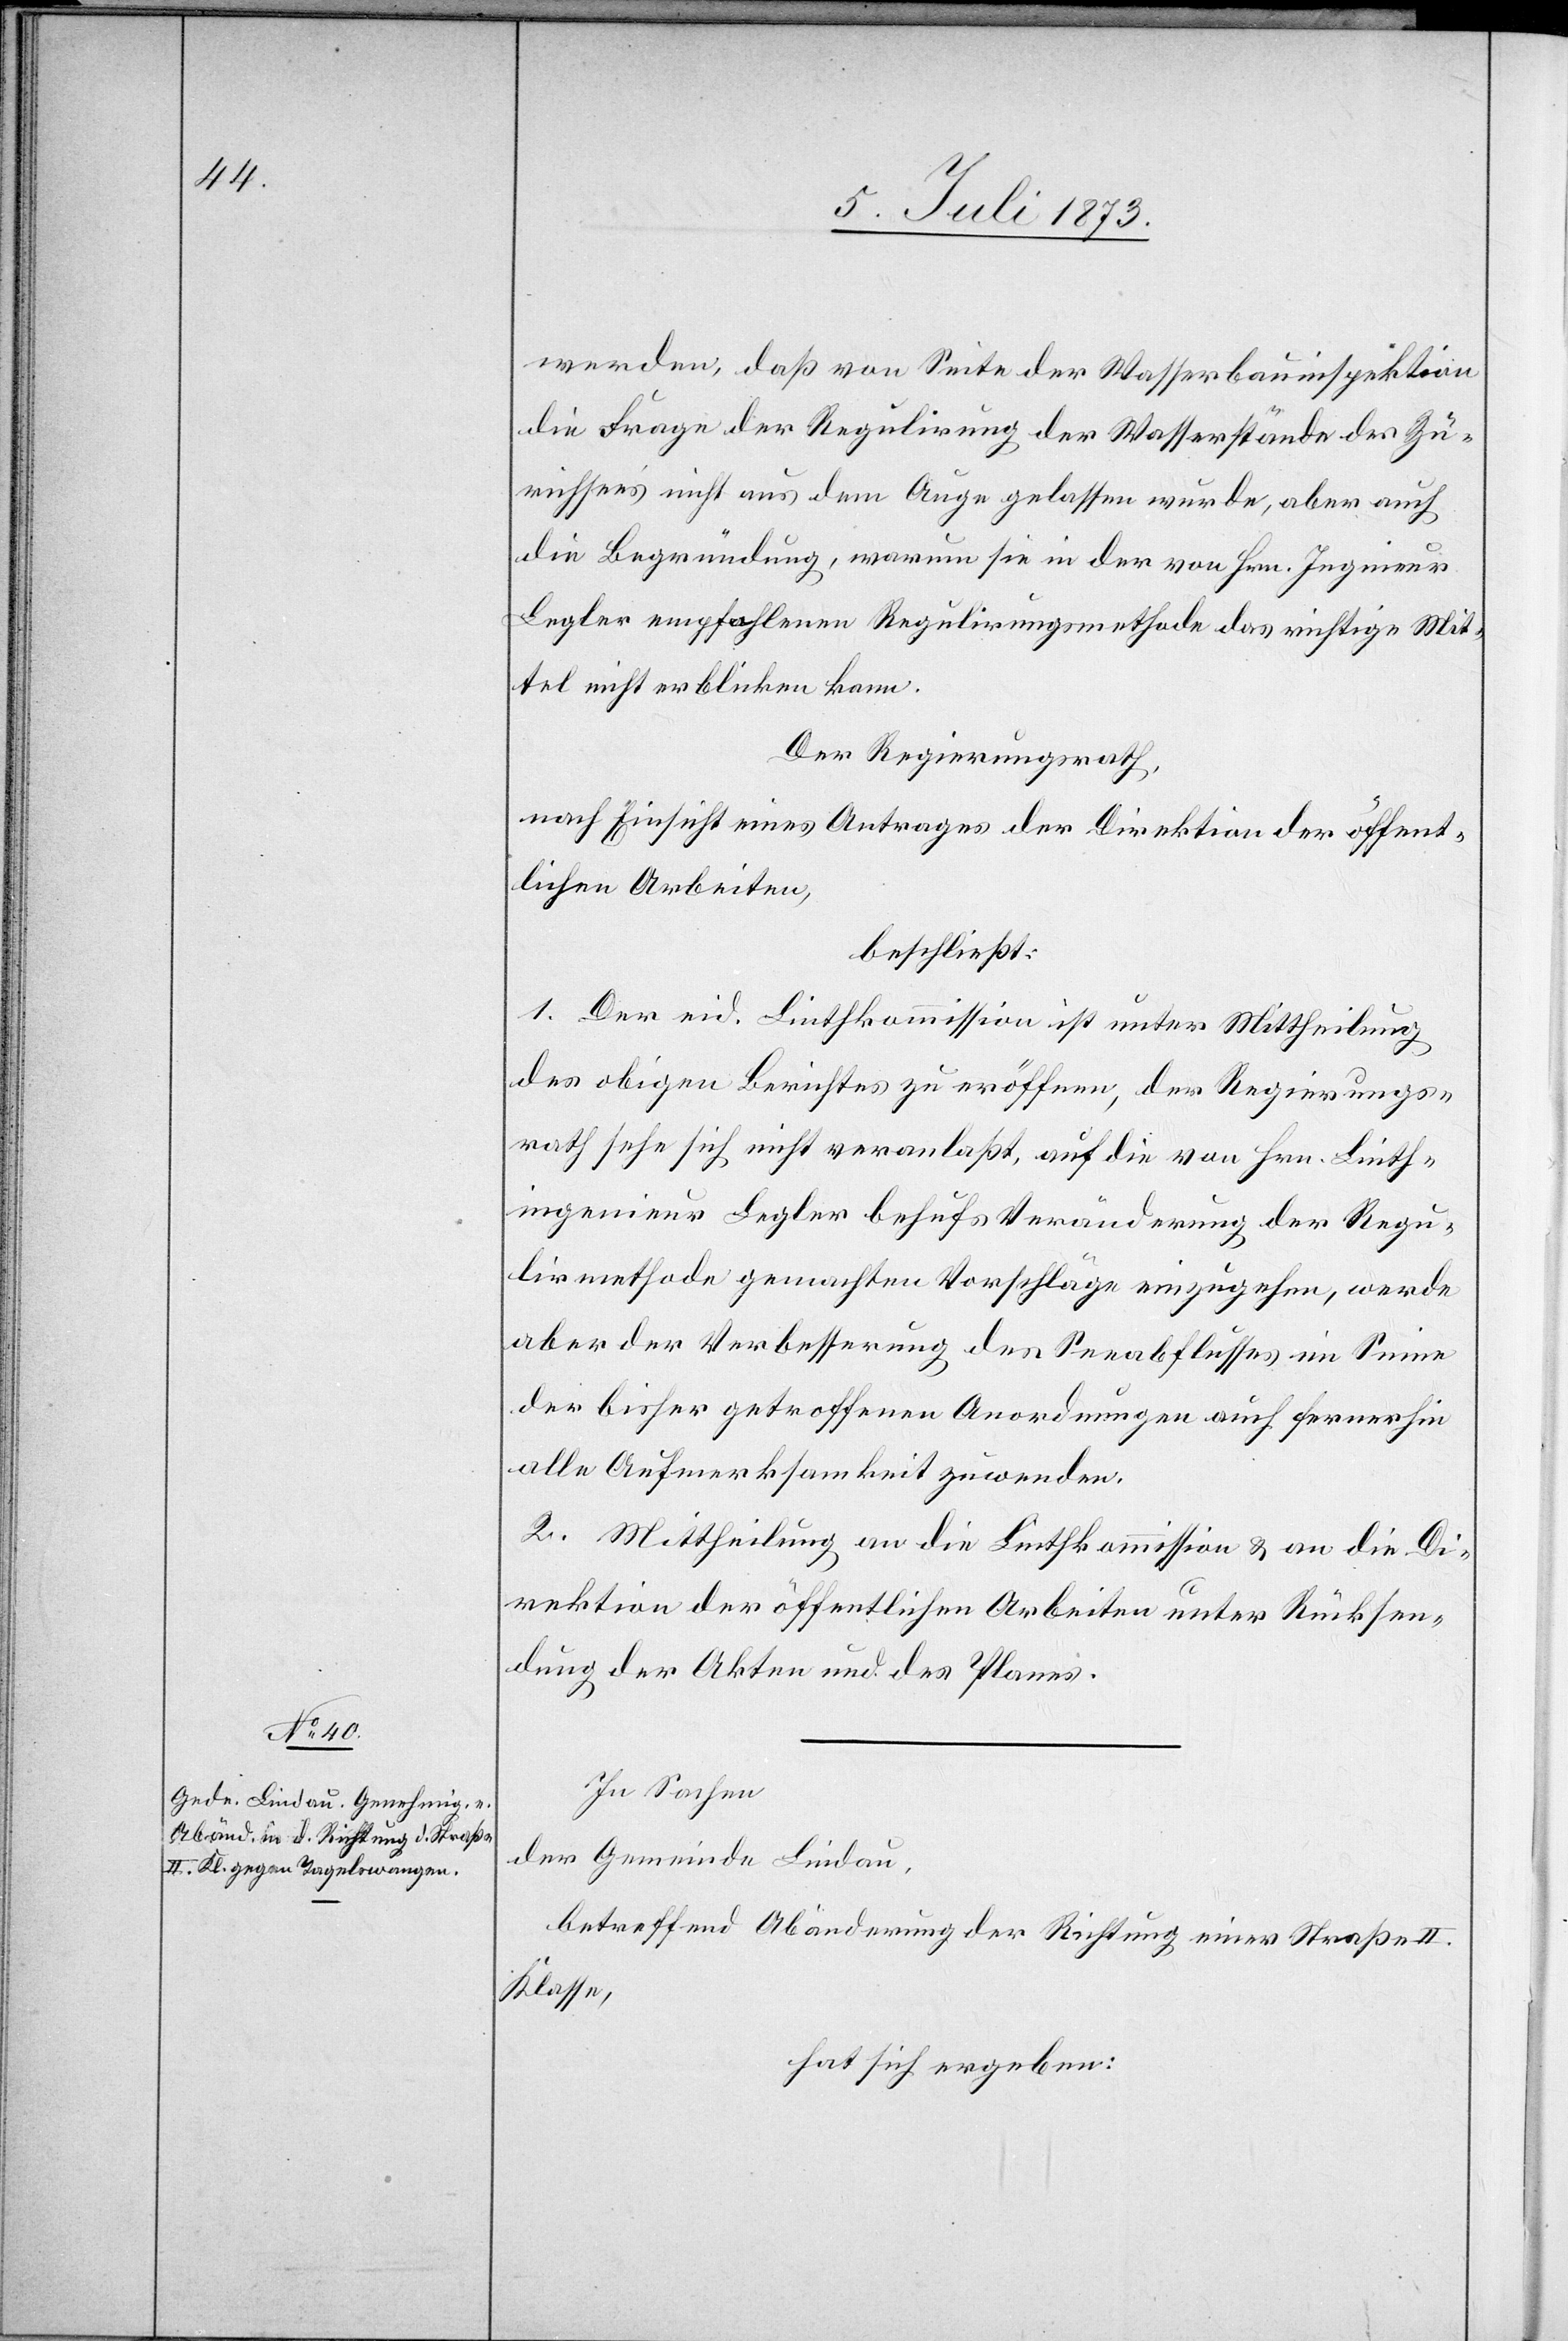
werden, daß von Seite der Wasserbauinspektion
die Frage der Regulirung der Wasserstände des Zü¬
richsees nicht aus dem Auge gelassen wurde, aber auch
die Begründung, warum sie in der von Hrn. Ingenieur
Legler empfohlenen Regulirungsmethode das richtige Mit¬
tel nicht erblicken kann.
Der Regierungsrath,
nach Einsicht eines Antrages der Direktion der öffent¬
lichen Arbeiten,
beschließt:
1. Der eid. Linthkommission ist unter Mittheilung
des obigen Berichtes zu eröffnen, der Regierungs¬
rath sehe sich nicht veranlaßt, auf die von Hrn. Linth¬
ingenieur Legler behufs Veränderung der Regu¬
lirmethode gemachten Vorschläge einzugehen, werde
aber der Verbesserung des Seeabflusses im Sinne
der bisher getroffenen Anordnungen auch fernerhin
alle Aufmerksamkeit zuwenden.
2. Mittheilung an die Linthkommission & an die Di¬
rektion der öffentlichen Arbeiten unter Rücksen¬
dung der Akten und des Planes.
In Sachen
der Gemeinde Lindau,
betreffend Abänderung der Richtung einer Straße II.
Klasse,
hat sich ergeben: